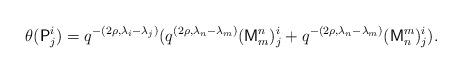
LaTeX: \begin{align*}\theta(\mathsf{P}_{j}^{i})=q^{-(2\rho,\lambda_{i}-\lambda_{j})}(q^{(2\rho,\lambda_{n}-\lambda_{m})}(\mathsf{M}_{m}^{n})_{j}^{i}+q^{-(2\rho,\lambda_{n}-\lambda_{m})}(\mathsf{M}_{n}^{m})_{j}^{i}).\end{align*}